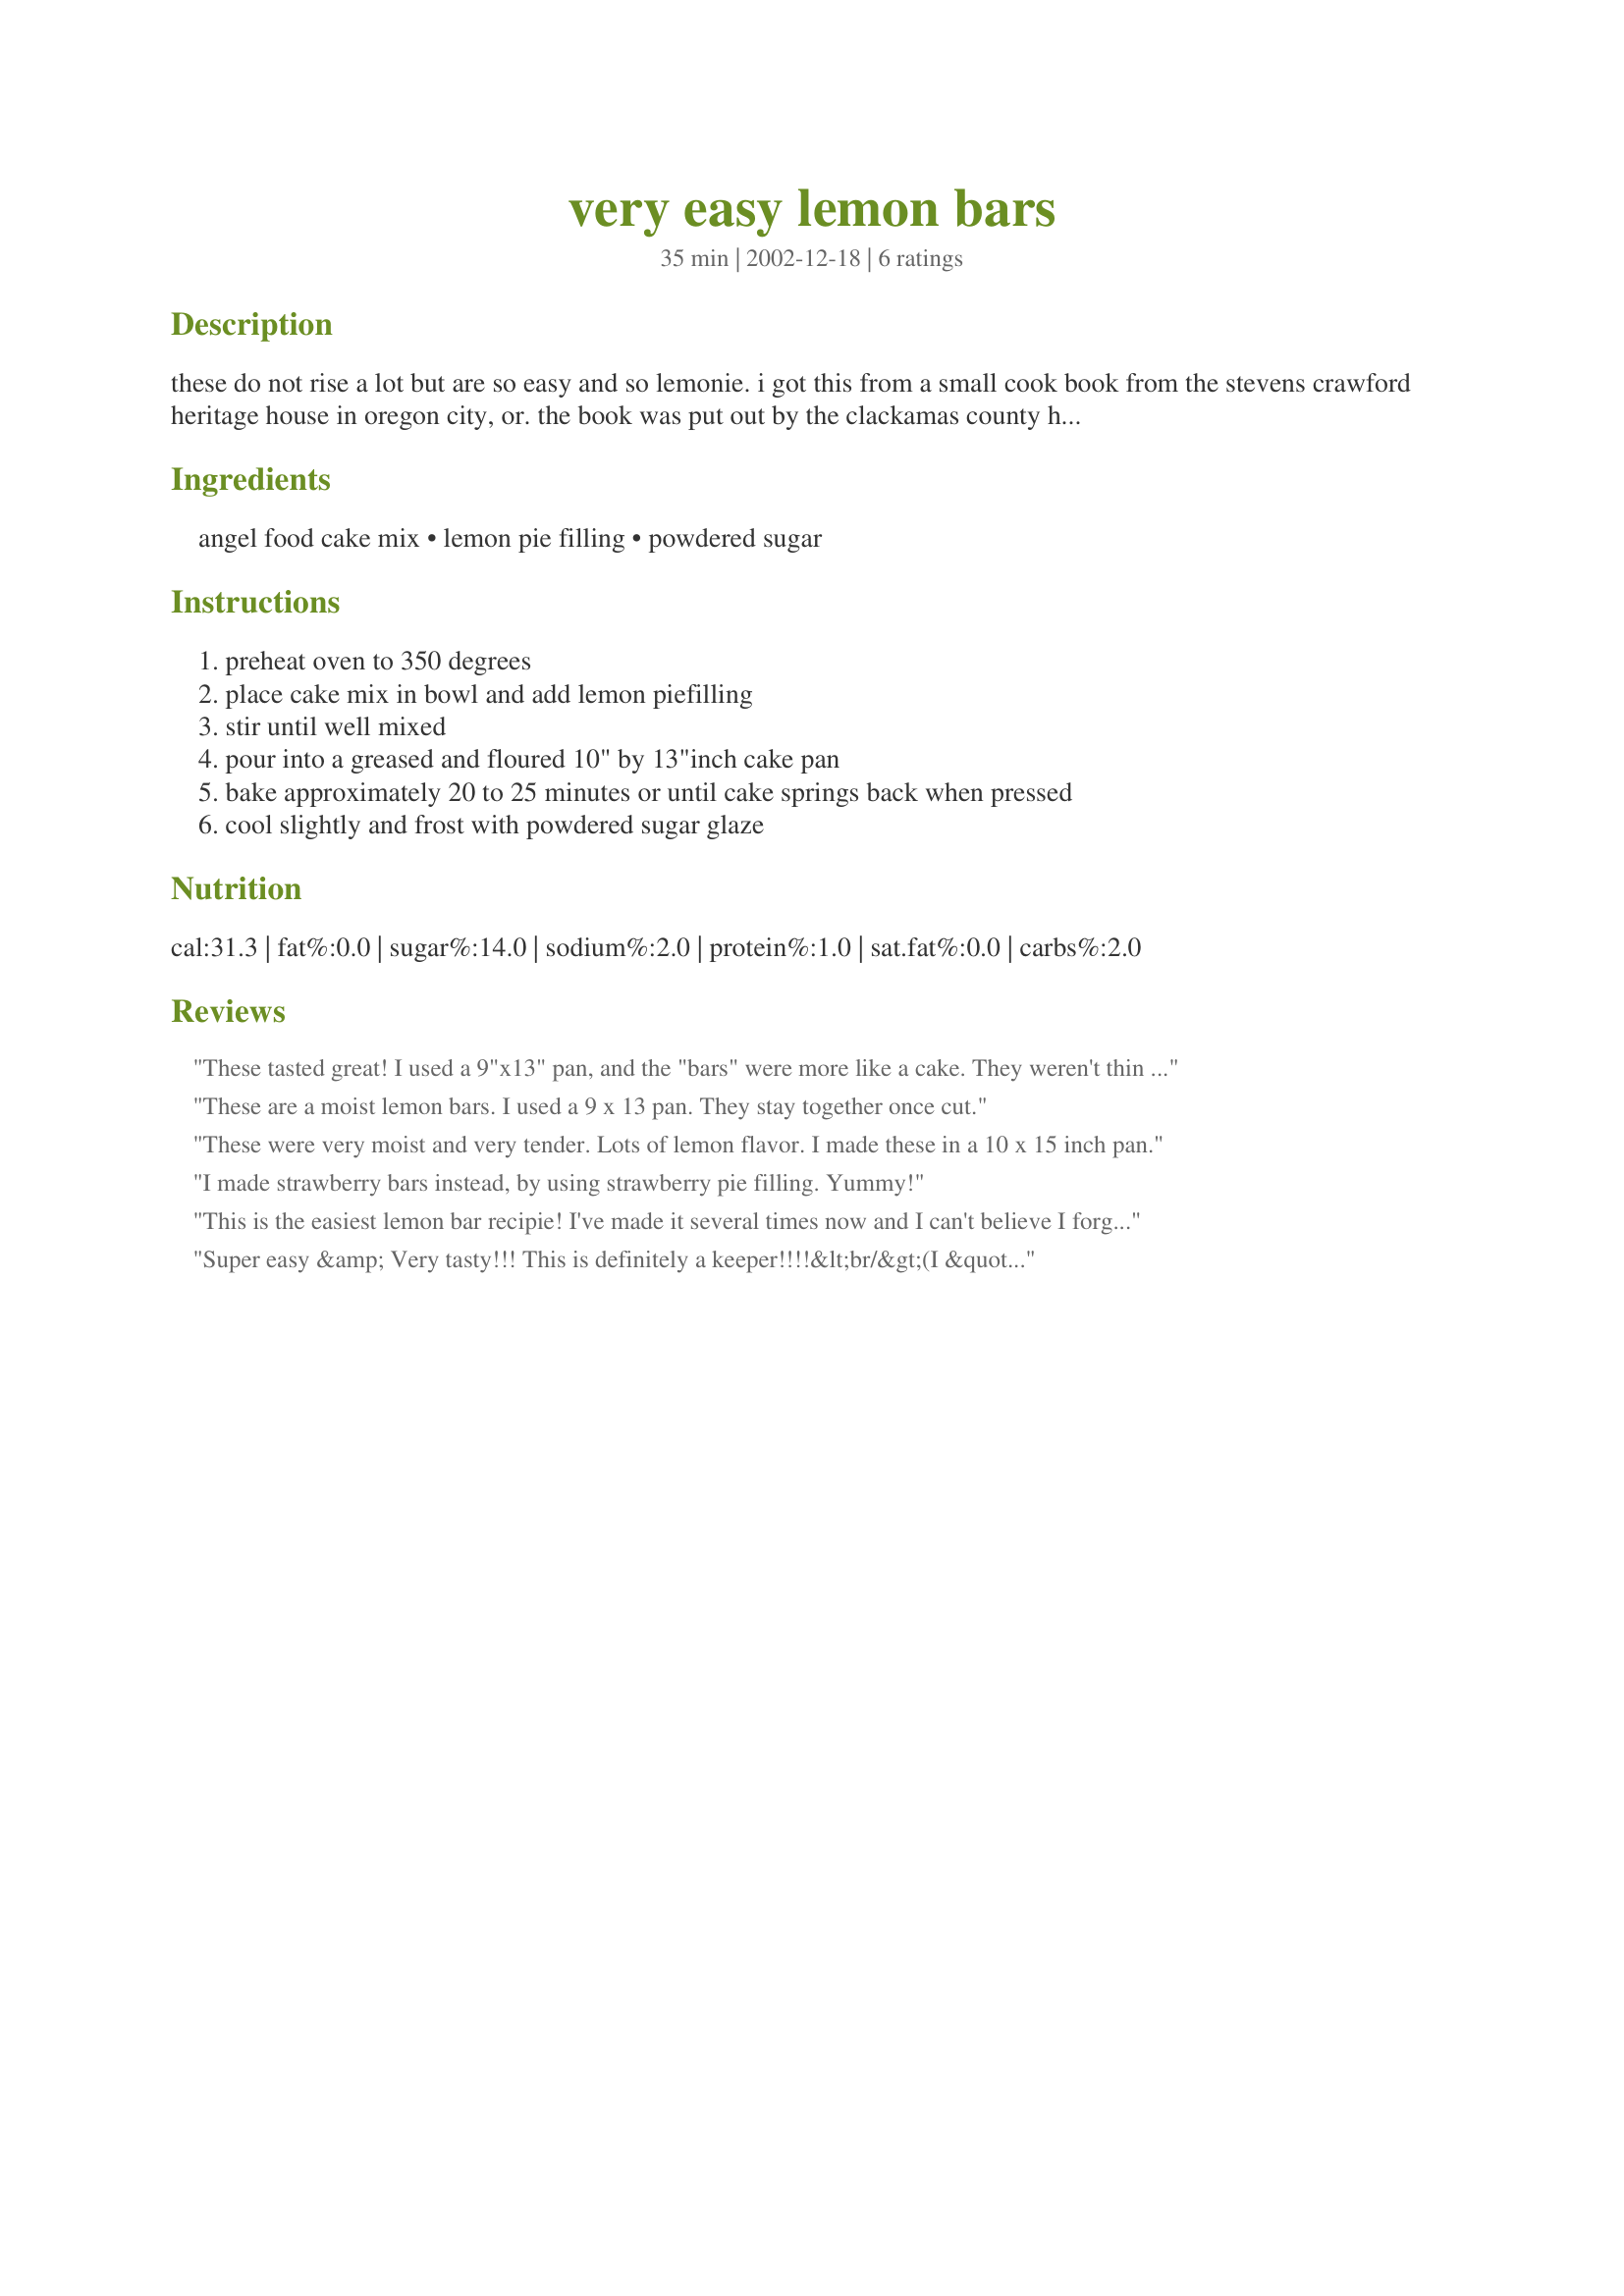
very easy lemon bars
Preparation time: 35 minutes

these do not rise a lot but are so easy and so lemonie. i got this from a small cook book from the stevens crawford heritage house in oregon city, or. the book was put out by the clackamas county historical society.a

Ingredients:
angel food cake mix, lemon pie filling, powdered sugar

Steps:
preheat oven to 350 degrees, place cake mix in bowl and add lemon piefilling, stir until well mixed, pour into a greased and floured 10" by 13"inch cake pan, bake approximately 20 to 25 minutes or until cake springs back when pressed, cool slightly and frost with powdered sugar glaze

Reviews:
These tasted great! I used a 9"x13" pan, and the "bars" were more like a cake. They weren't thin like I expected. I wonder if a 10"x15" pan was meant.
These are a moist lemon bars. I used a 9 x 13 pan. They stay together once cut.
These were very moist and very tender. Lots of lemon flavor. I made these in a 10 x 15 inch pan.
I made strawberry bars instead, by using strawberry pie filling. Yummy!
This is the easiest lemon bar recipie! I've made it several times now and I can't believe I forgot to post a rave review. I will have to try other pie fillings...
Super easy &amp; Very tasty!!! This is definitely a keeper!!!!&lt;br/&gt;(I &quot;frosted&quot; them with conf. sugar, butter &amp; lemon juice &quot;frosting&quot;.)
